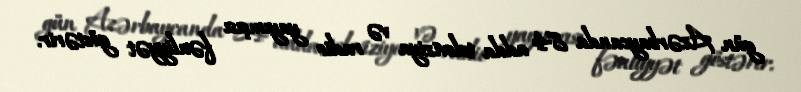
gün Azərbaycanda 84 adda televiziya və radio yayımçısı fəaliyyət göstərir.